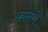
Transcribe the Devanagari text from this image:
फासरी